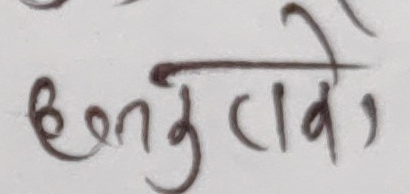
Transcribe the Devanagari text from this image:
हेतु (वे)